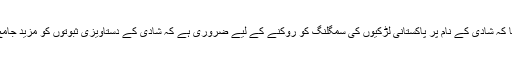
ان کا کہنا تھا کہ شادی کے نام پر پاکستانی لڑکیوں کی سمگلنگ کو روکنے کے لیے ضروری ہے کہ شادی کے دستاویزی ثبوتوں کو مزید جامع بنایا جائے۔